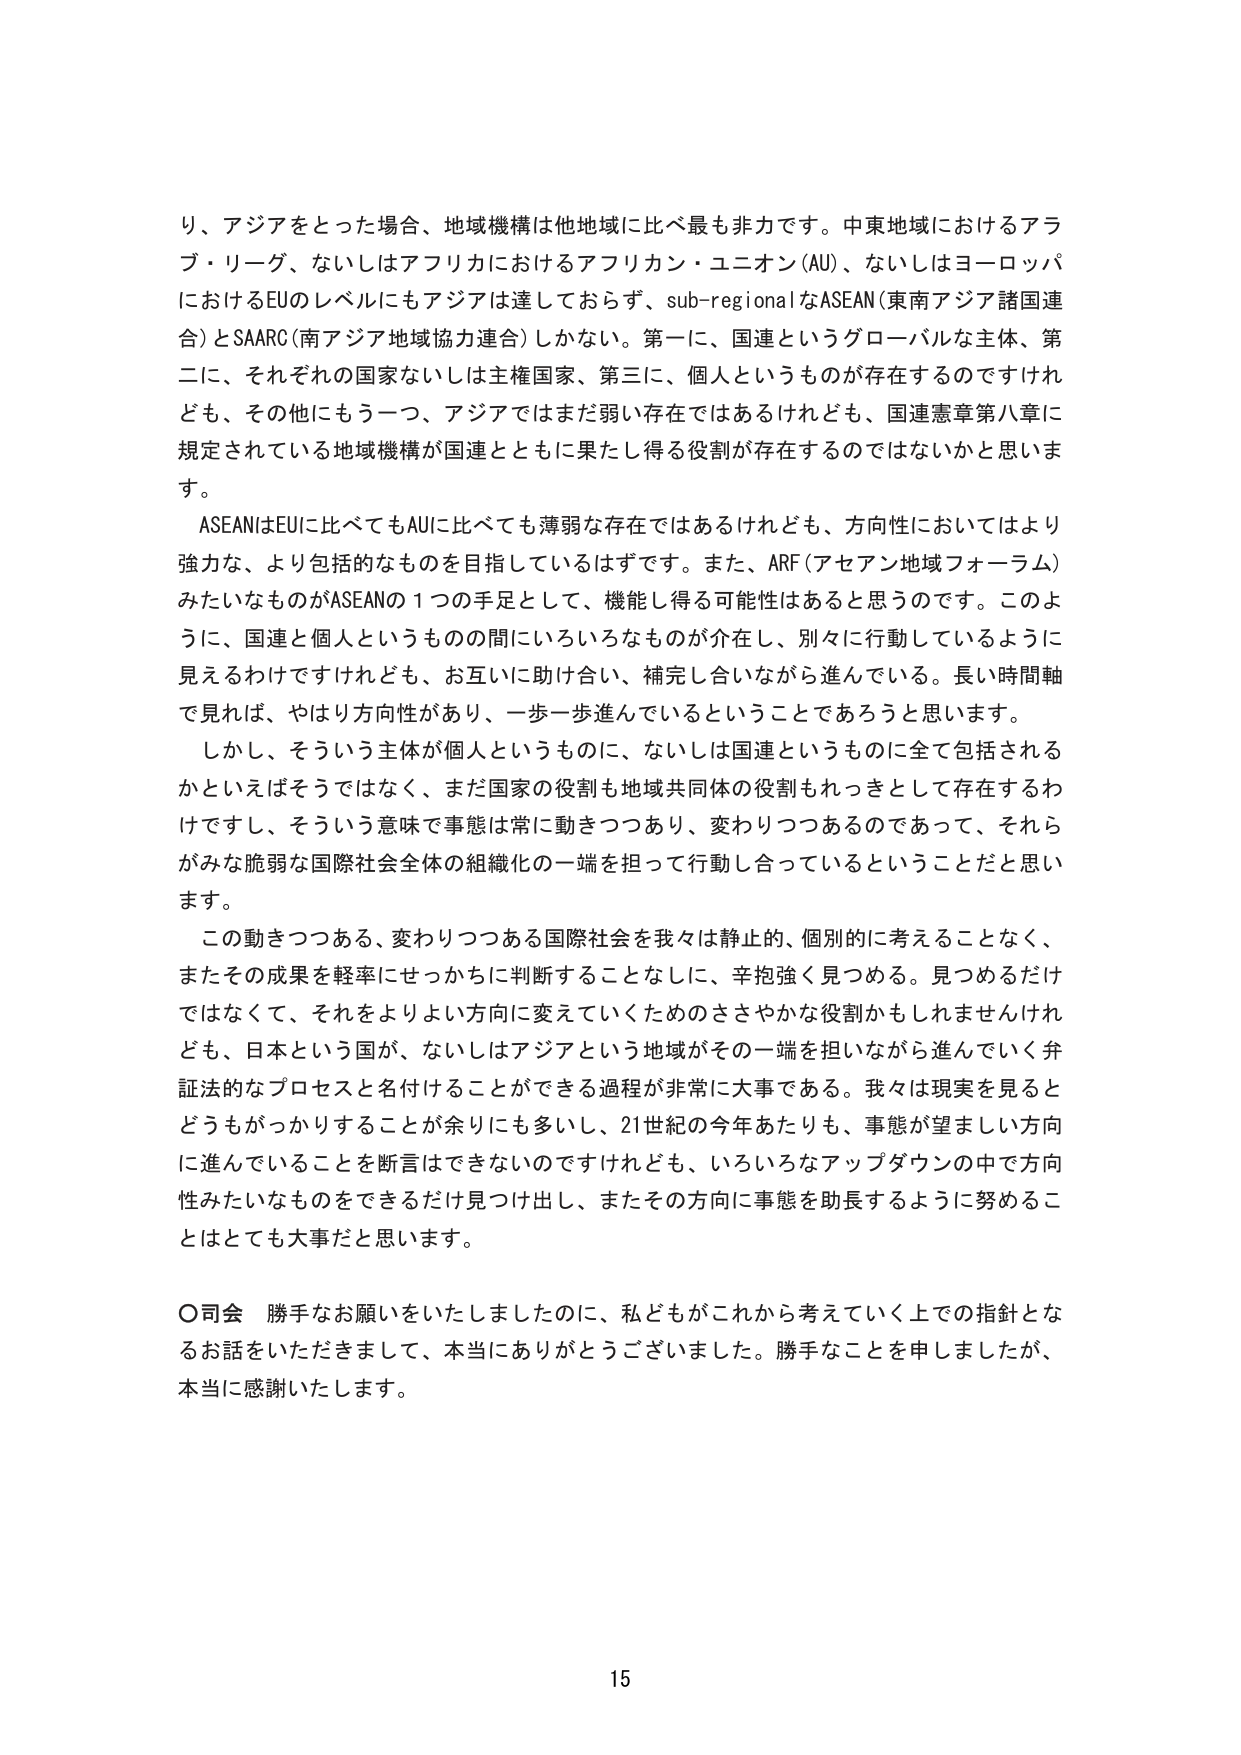
り、アジアをとった場合、地域機構は他地域に比べ最も非力です。中東地域におけるアラブ・リーグ、ないしはアフリカにおけるアフリカーン・ユニオン（AU）、ないしはヨーロッパにおけるEUのレベルにもアジアは達しておらず、sub-regionalなASEAN（東南アジア諸国連合）とSAARC（南アジア地域協力連合）しかない。第一に、国連というグローバルな主体、第二に、それぞれの国家ないしは主権国家、第三に、個人というものが存在するのですけれども、その他にもう一つ、アジアではまだ弱い存在ではあるけれども、国連憲章第八章に規定されている地域機構が国連とともに果たし得る役割が存在するのではないかと思います。

ASEANはEUに比べてもAUに比べても薄弱な存在ではあるけれども、方向性においてはより強力な、より包括的なものを目指しているはずです。また、ARF（アセアン地域フォーラム）みたいなものがASEANの1つの手足として、機能し得る可能性はあると思うのです。このように、国連と個人というものの間にいろいろなものが介在し、別々に行動しているように見えるわけですがけれども、お互いに助け合い、補完し合いながら進んでいる。長い時間軸で見れば、やはり方向性があり、一歩一歩進んでいるということであろうと思います。

しかし、そういう主体が個人というものに、ないしは国連というものに全て包括されるかといえばそうではなく、まだ国家の役割も地域共同体の役割もれっきとした存在するわけですし、そういう意味で事態は常に動きつつあり、変わりつつあるのであって、それらがみな脆弱な国際社会全体の組織化の一端を担って行動し合っているということだと思います。

この動きつつある、変わりつつある国際社会を我々は静止的、個別的に考えることなく、またその成果を軽率にせっかちに判断することなしに、辛抱強く見つめる。見つめるだけではなくて、それをよりよい方向に変えていくためのささやかな役割かもしれませんけれども、日本という国が、ないしはアジアという地域がその一端を担いながら進んでいく弁証法的なプロセスと名付けることができる過程が非常に大事である。我々は現実を見るとどうもがっかりすることが余りにも多いし、21世紀の今年あたりも、事態が望ましい方向に進んでいることを断言はできないのですけれども、いろいろなアップダウンの中で方向性みたいなものをできるだけ見つけ出し、またその方向に事態を助長するように努めることはとても大事だと思います。

○司会　勝手なお願いをいたしましたのに、私どもがこれから考えていく上での指針となるお話をいただきました、本当にありがとうございました。勝手なことを申しましたが、本当に感謝いたします。

15